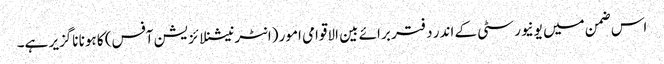
اس ضمن میں یونیورسٹی کے اندر دفتر برائے بین الاقوامی امور (انٹرنیشنلائزیشن آفس) کا ہونا ناگزیر ہے۔